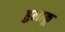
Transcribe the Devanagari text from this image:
हुलाकू